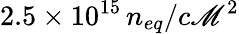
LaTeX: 2.5\times10^{15}\, n_{eq}/c\mathscr{M}^{2}